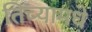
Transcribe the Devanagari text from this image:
तिच्यामधे